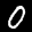
Label: 0